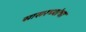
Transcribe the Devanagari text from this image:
सासरच्यांचा